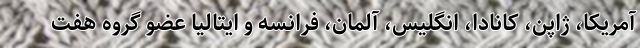
آمریکا، ژاپن، کانادا، انگلیس، آلمان، فرانسه و ایتالیا عضو گروه هفت